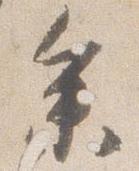
参